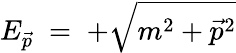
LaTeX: E_{\vec{p}}\; =\; +{\sqrt{m^{2}+{\vec{p}}^{2}}}